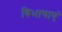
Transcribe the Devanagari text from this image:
विभाषाएं